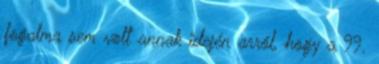
fogalma sem volt annak idején arról, hogy a 99.